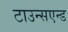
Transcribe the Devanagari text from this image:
टाउन्सएन्ड